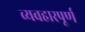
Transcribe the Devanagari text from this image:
व्यवहारपूर्ण